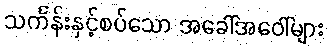
သင်္ကန်းနှင့်စပ်သော အခေါ်အဝေါ်များ